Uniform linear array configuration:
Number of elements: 64
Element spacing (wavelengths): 0.5
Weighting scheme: hann
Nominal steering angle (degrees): -30
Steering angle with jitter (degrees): -28.999
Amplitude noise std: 0.05
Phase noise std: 0.05

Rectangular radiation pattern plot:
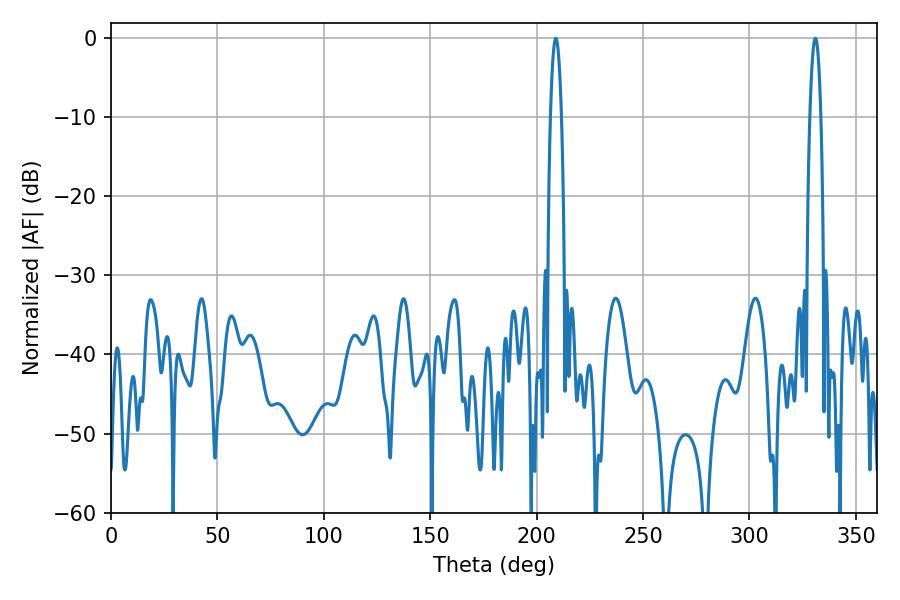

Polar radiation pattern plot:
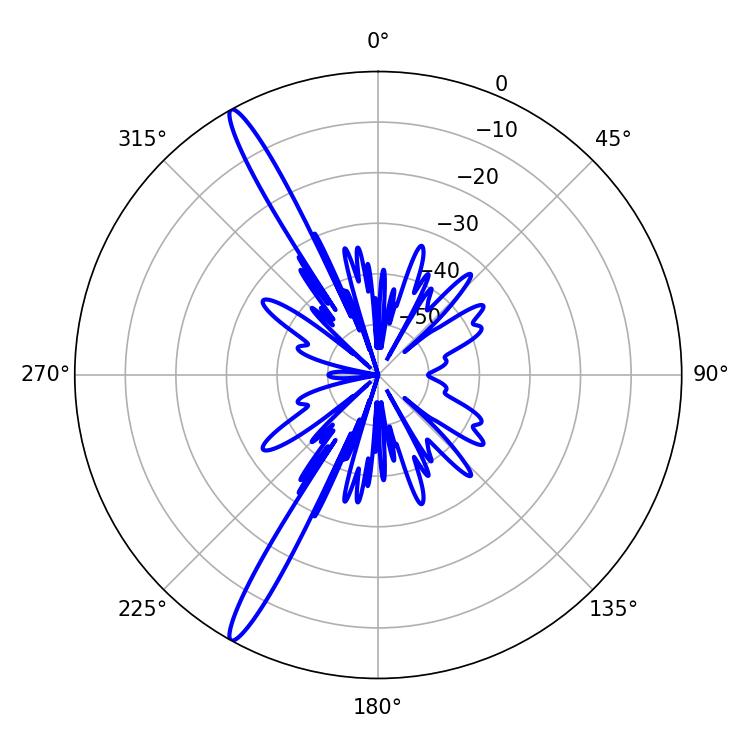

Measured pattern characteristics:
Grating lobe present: FALSE
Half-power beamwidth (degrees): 2.88
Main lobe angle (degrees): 208.98